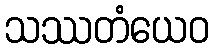
သဿတံယေဝ